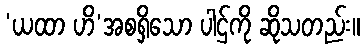
‘ယထာ ဟိ’အစရှိသော ပါဌ်ကို ဆိုသတည်း။